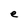
Character: e